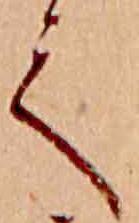
て